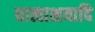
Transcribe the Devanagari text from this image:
धात्वाशयादि